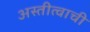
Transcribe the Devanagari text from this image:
अस्तीत्वाची